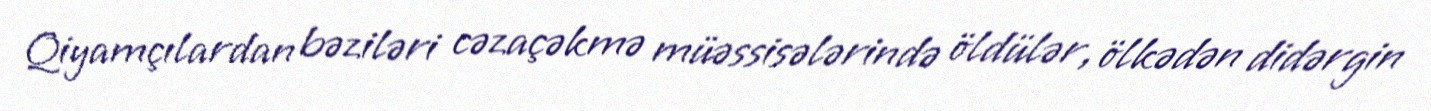
Qiyamçılardan bəziləri cəzaçəkmə müəssisələrində öldülər, ölkədən didərgin